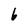
Character: 6